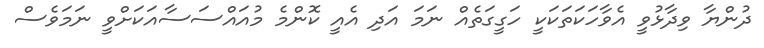
ދުންޔާ ވިދާޅުވީ އެވާހަކަތަކަކީ ހަގީގަތެއް ނަމަ އަދި އެއީ ކޮންމެ މުއައްސަސާއަކަށްވީ ނަމަވެސް